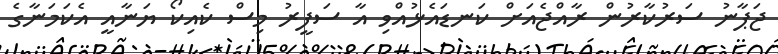
ޖަޕާނު ސަރުކާރުން ރާއްޖެއަށް ކަނޑައެޅުއްވި އާ ސަފީރު މިސް ކެއިކޯ ޔަނާއީ އެކަމަނާގެ